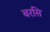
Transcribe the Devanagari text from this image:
बरसि